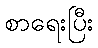
စာရေးပြီး